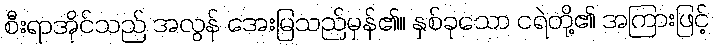
စီးရာအိုင်သည် အလွန် အေးမြသည်မှန်၏။ နှစ်ခုသော ငရဲတို့၏ အကြားဖြင့်